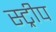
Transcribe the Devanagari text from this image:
स्‍ट्रीप